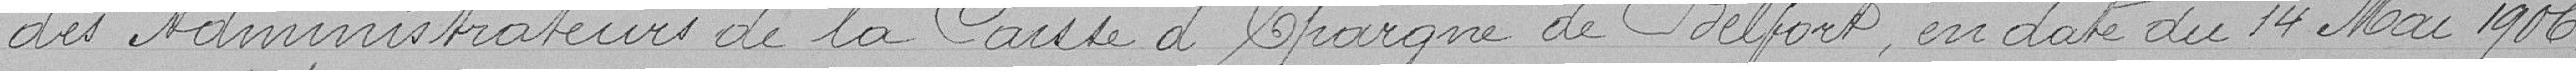
des Administrateurs de la Caisse d'Épargne de Belfort, en date du 14 mai 1906.